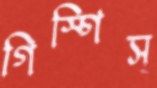
গিস্‌গিস্‌